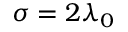
\sigma = 2 \lambda _ { 0 }